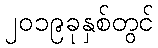
၂၀၁၉ခုနှစ်တွင်